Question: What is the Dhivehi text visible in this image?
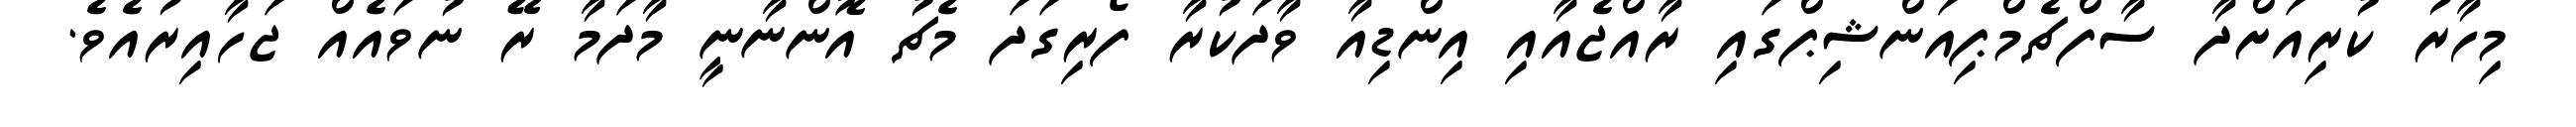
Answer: މިހާރު ކުރިއަށްދާ ސާފްޗެމްޕިއަންޝިޕްގައި ރާއްޖެއާއި އިންޑިއާ ވާދަކުރާ ފޯރިގަދަ މެޗު އޮންނާނީ މާދަމާ ރޭ ނުވައެއް ޖަހާއިރުއެވެ.